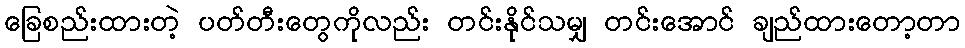
ခြေစည်းထားတဲ့ ပတ်တီးတွေကိုလည်း တင်းနိုင်သမျှ တင်းအောင် ချည်ထားတော့တာ